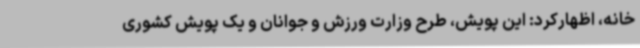
خانه، اظهارکرد: این پویش، طرح وزارت ورزش و جوانان و یک پویش کشوری